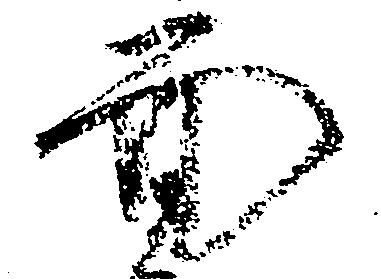
面